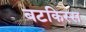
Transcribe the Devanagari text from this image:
बटकिस्स